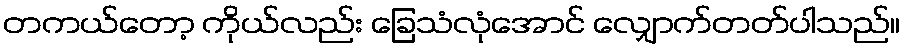
တကယ်တော့ ကိုယ်လည်း ခြေသံလုံအောင် လျှောက်တတ်ပါသည်။